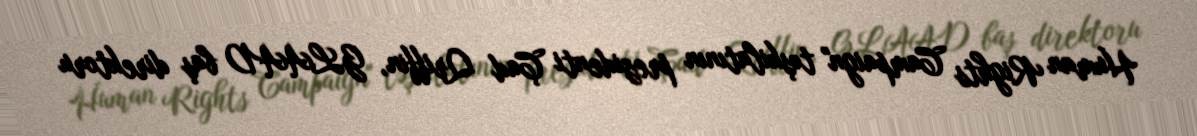
Human Rights Campaign" təşkilatının prezidenti Çad Qriffin, GLAAD baş direktoru